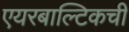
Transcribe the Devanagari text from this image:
एयरबाल्टिकची